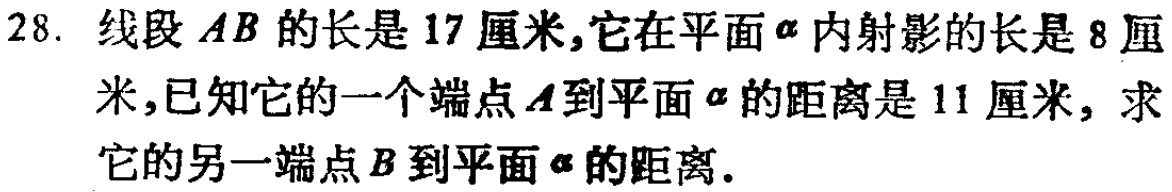
28. 线段 \(AB\) 的长是 \(17\) 厘米,它在平面 \(\alpha\) 内射影的长是 \(8\) 厘米,已知它的一个端点 \(A\) 到平面 \(\alpha\) 的距离是 \(11\) 厘米, 求它的另一端点 \(B\) 到平面 \(\alpha\) 的距离.